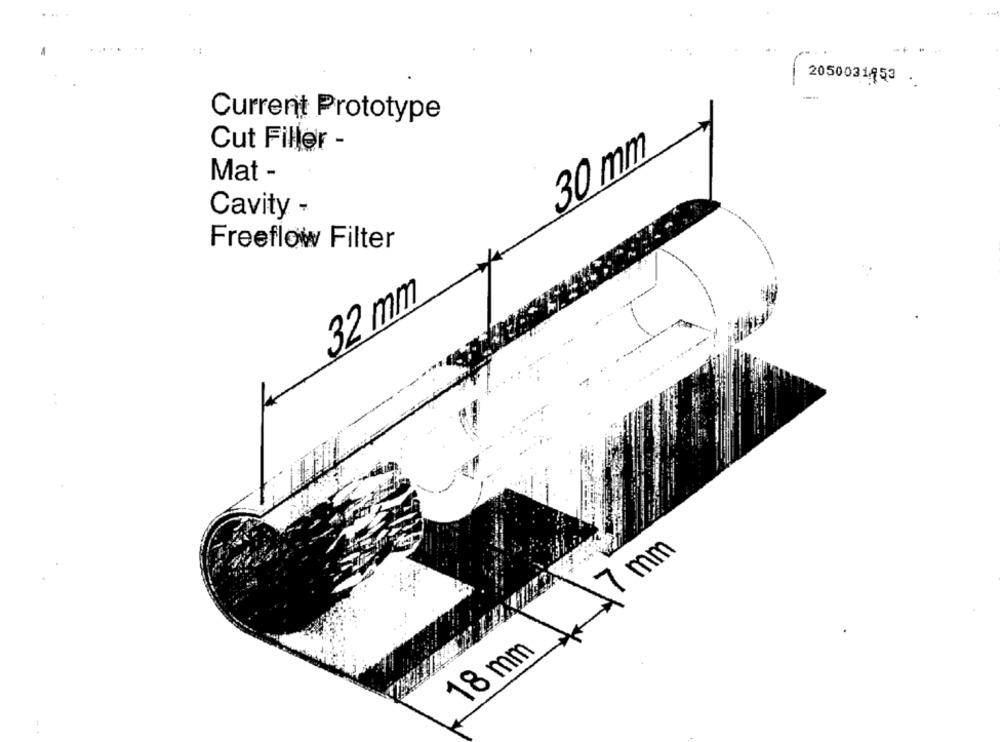
2050031453 .
Current Prototype
Cut Filler -
30 mm
Mat -
Cavity -
Freeflow Filter
32 mm
7 mm
18 mm